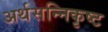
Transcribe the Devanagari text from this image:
अर्थसन्निकृष्ट